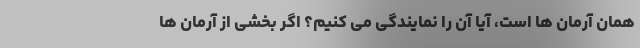
همان آرمان ها است، آیا آن را نمایندگی می کنیم؟ اگر بخشی از آرمان ها